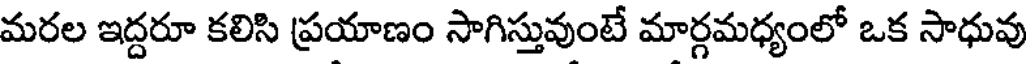
మరల ఇద్దరూ కలిసి ప్రయాణం సాగిస్తువుంటే మార్గమధ్యంలో ఒక సాధువు